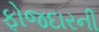
ફોજદારની